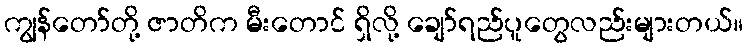
ကျွန်တော်တို့ ဇာတိက မီးတောင် ရှိလို့ ချော်ရည်ပူတွေလည်းများတယ်။